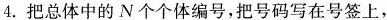
4. 把总体中的N个个体编号，把号码写在号签上，